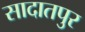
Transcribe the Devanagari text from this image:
सादातपुर